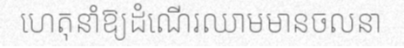
ហេតុនាំឱ្យដំណើរឈាមមានចលនា